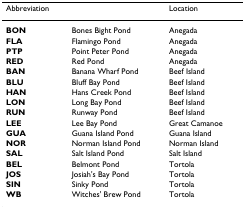
<table><thead><tr><td><b>Abbreviation</b></td><td>[EMPTY_CELL]</td><td><b>Location</b></td></tr></thead><tbody><tr><td><b>BON</b></td><td>Bones Bight Pond</td><td>Anegada</td></tr><tr><td><b>FLA</b></td><td>Flamingo Pond</td><td>Anegada</td></tr><tr><td><b>PTP</b></td><td>Point Peter Pond</td><td>Anegada</td></tr><tr><td><b>RED</b></td><td>Red Pond</td><td>Anegada</td></tr><tr><td><b>BAN</b></td><td>Banana Wharf Pond</td><td>Beef Island</td></tr><tr><td><b>BLU</b></td><td>Bluff Bay Pond</td><td>Beef Island</td></tr><tr><td><b>HAN</b></td><td>Hans Creek Pond</td><td>Beef Island</td></tr><tr><td><b>LON</b></td><td>Long Bay Pond</td><td>Beef Island</td></tr><tr><td><b>RUN</b></td><td>Runway Pond</td><td>Beef Island</td></tr><tr><td><b>LEE</b></td><td>Lee Bay Pond</td><td>Great Camanoe</td></tr><tr><td><b>GUA</b></td><td>Guana Island Pond</td><td>Guana Island</td></tr><tr><td><b>NOR</b></td><td>Norman Island Pond</td><td>Norman Island</td></tr><tr><td><b>SAL</b></td><td>Salt Island Pond</td><td>Salt Island</td></tr><tr><td><b>BEL</b></td><td>Belmont Pond</td><td>Tortola</td></tr><tr><td><b>JOS</b></td><td>Josiah's Bay Pond</td><td>Tortola</td></tr><tr><td><b>SIN</b></td><td>Sinky Pond</td><td>Tortola</td></tr><tr><td><b>WB</b></td><td>Witches' Brew Pond</td><td>Tortola</td></tr></tbody></table>